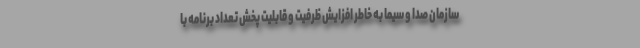
سازمان صدا و سیما به خاطر افزایش ظرفیت و قابلیت پخش تعداد برنامه با